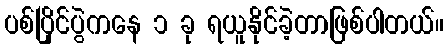
ပစ်ပြိုင်ပွဲကနေ ၁ ခု ရယူနိုင်ခဲ့တာဖြစ်ပါတယ်။